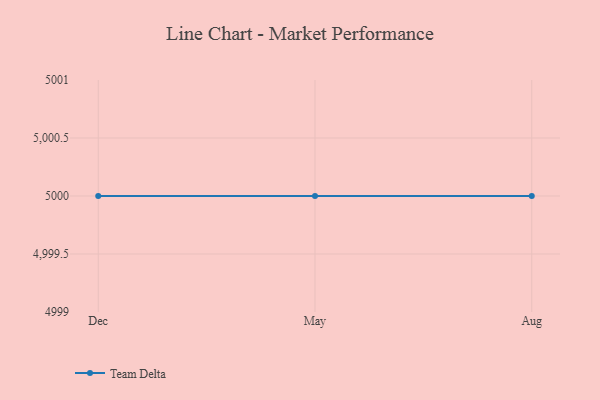
{"axis": {"x": "Month", "y": "Waste Production (Tons)"}, "legend": ["Team Delta"], "data": [{"x": "Dec", "y": 5000, "type": "Team Delta"}, {"x": "May", "y": 5000, "type": "Team Delta"}, {"x": "Aug", "y": 5000, "type": "Team Delta"}]}